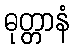
ဓုတ္တာနံ